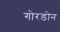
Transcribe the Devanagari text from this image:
गोरडोन